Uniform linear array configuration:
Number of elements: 8
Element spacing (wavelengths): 0.25
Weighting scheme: exponential
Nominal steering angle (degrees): -30
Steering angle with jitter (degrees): -28.472
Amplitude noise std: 0.05
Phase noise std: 0.05

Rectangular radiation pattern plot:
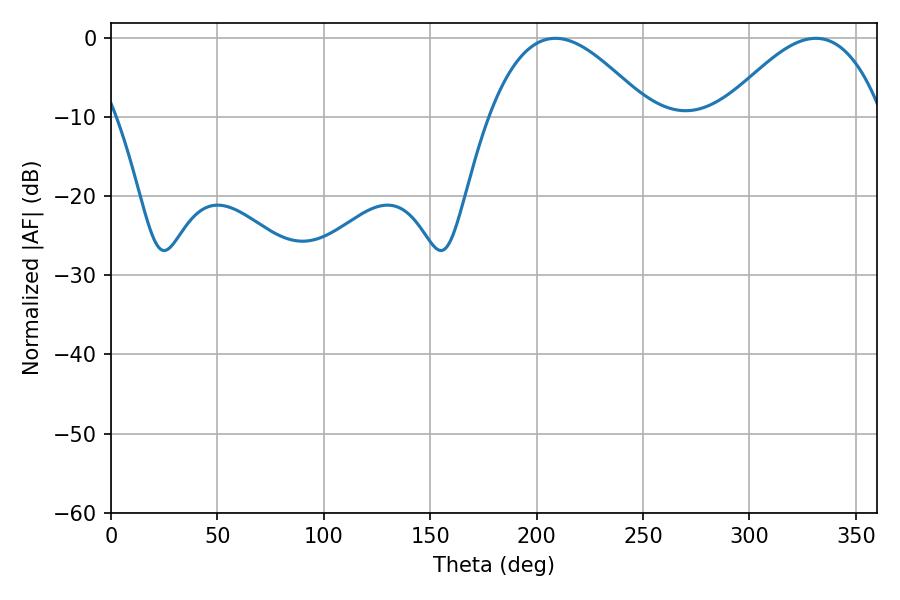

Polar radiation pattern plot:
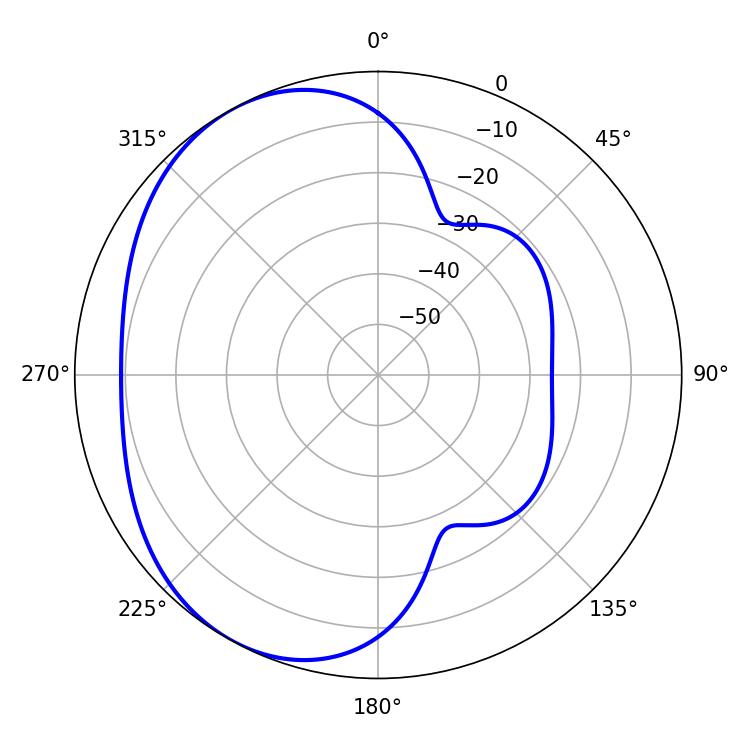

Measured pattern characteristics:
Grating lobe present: FALSE
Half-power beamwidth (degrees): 40.86
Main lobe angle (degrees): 208.8